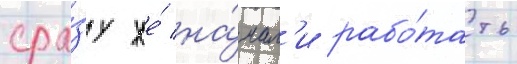
сра́зу же́ на́чал'и рабо́тать